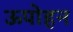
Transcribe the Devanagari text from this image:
ऊपोहन